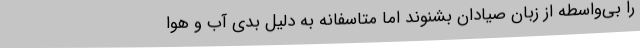
را بی‌واسطه از زبان صیادان بشنوند اما متاسفانه به دلیل بدی آب و هوا